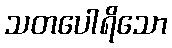
သတပေါရိသော